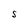
Character: S